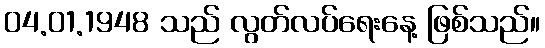
04.01.1948 သည် လွတ်လပ်ရေးနေ့ ဖြစ်သည်။